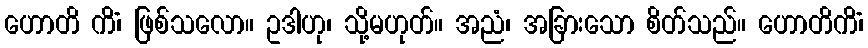
ဟောတိ ကိံ၊ ဖြစ်သလော။ ဥဒါဟု၊ သို့မဟုတ်။ အညံ၊ အခြားသော စိတ်သည်။ ဟောတိကိံ၊